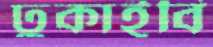
ঢুকাইবি